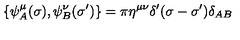
\{ \psi _ { A } ^ { \mu } ( \sigma ) , \psi _ { B } ^ { \nu } ( \sigma ^ { \prime } ) \} = \pi \eta ^ { \mu \nu } \delta ^ { \prime } ( \sigma - \sigma ^ { \prime } ) \delta _ { A B }